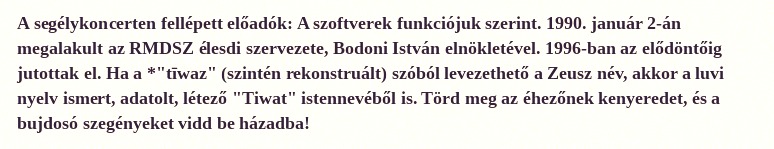
A segélykoncerten fellépett előadók: A szoftverek funkciójuk szerint. 1990. január 2-án megalakult az RMDSZ élesdi szervezete, Bodoni István elnökletével. 1996-ban az elődöntőig jutottak el. Ha a *"tīwaz" (szintén rekonstruált) szóból levezethető a Zeusz név, akkor a luvi nyelv ismert, adatolt, létező "Tiwat" istennevéből is. Törd meg az éhezőnek kenyeredet, és a bujdosó szegényeket vidd be házadba!